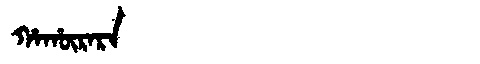
Manchu: ᡥᠠᡥᡡᡵᠠᡵᠠ
Romanization: HAHŪRARA